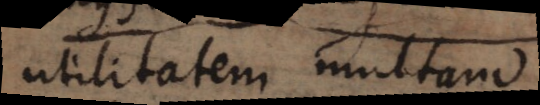
utilitatem multam.